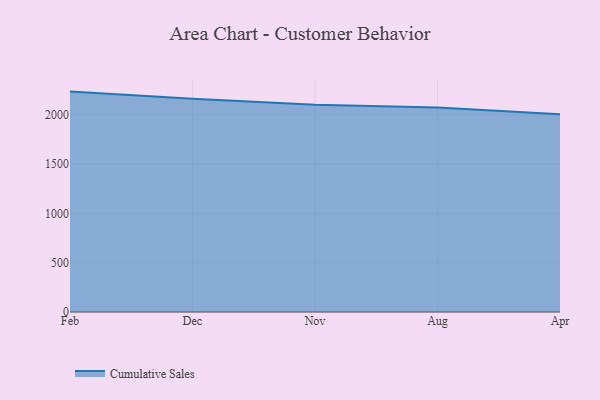
{"axis": {"x": "Month", "y": "Production Output"}, "legend": ["Cumulative Sales"], "data": [{"x": "Feb", "y": 2235.5, "type": "Cumulative Sales"}, {"x": "Dec", "y": 2163.9, "type": "Cumulative Sales"}, {"x": "Nov", "y": 2103.1, "type": "Cumulative Sales"}, {"x": "Aug", "y": 2074.6, "type": "Cumulative Sales"}, {"x": "Apr", "y": 2005.5, "type": "Cumulative Sales"}]}